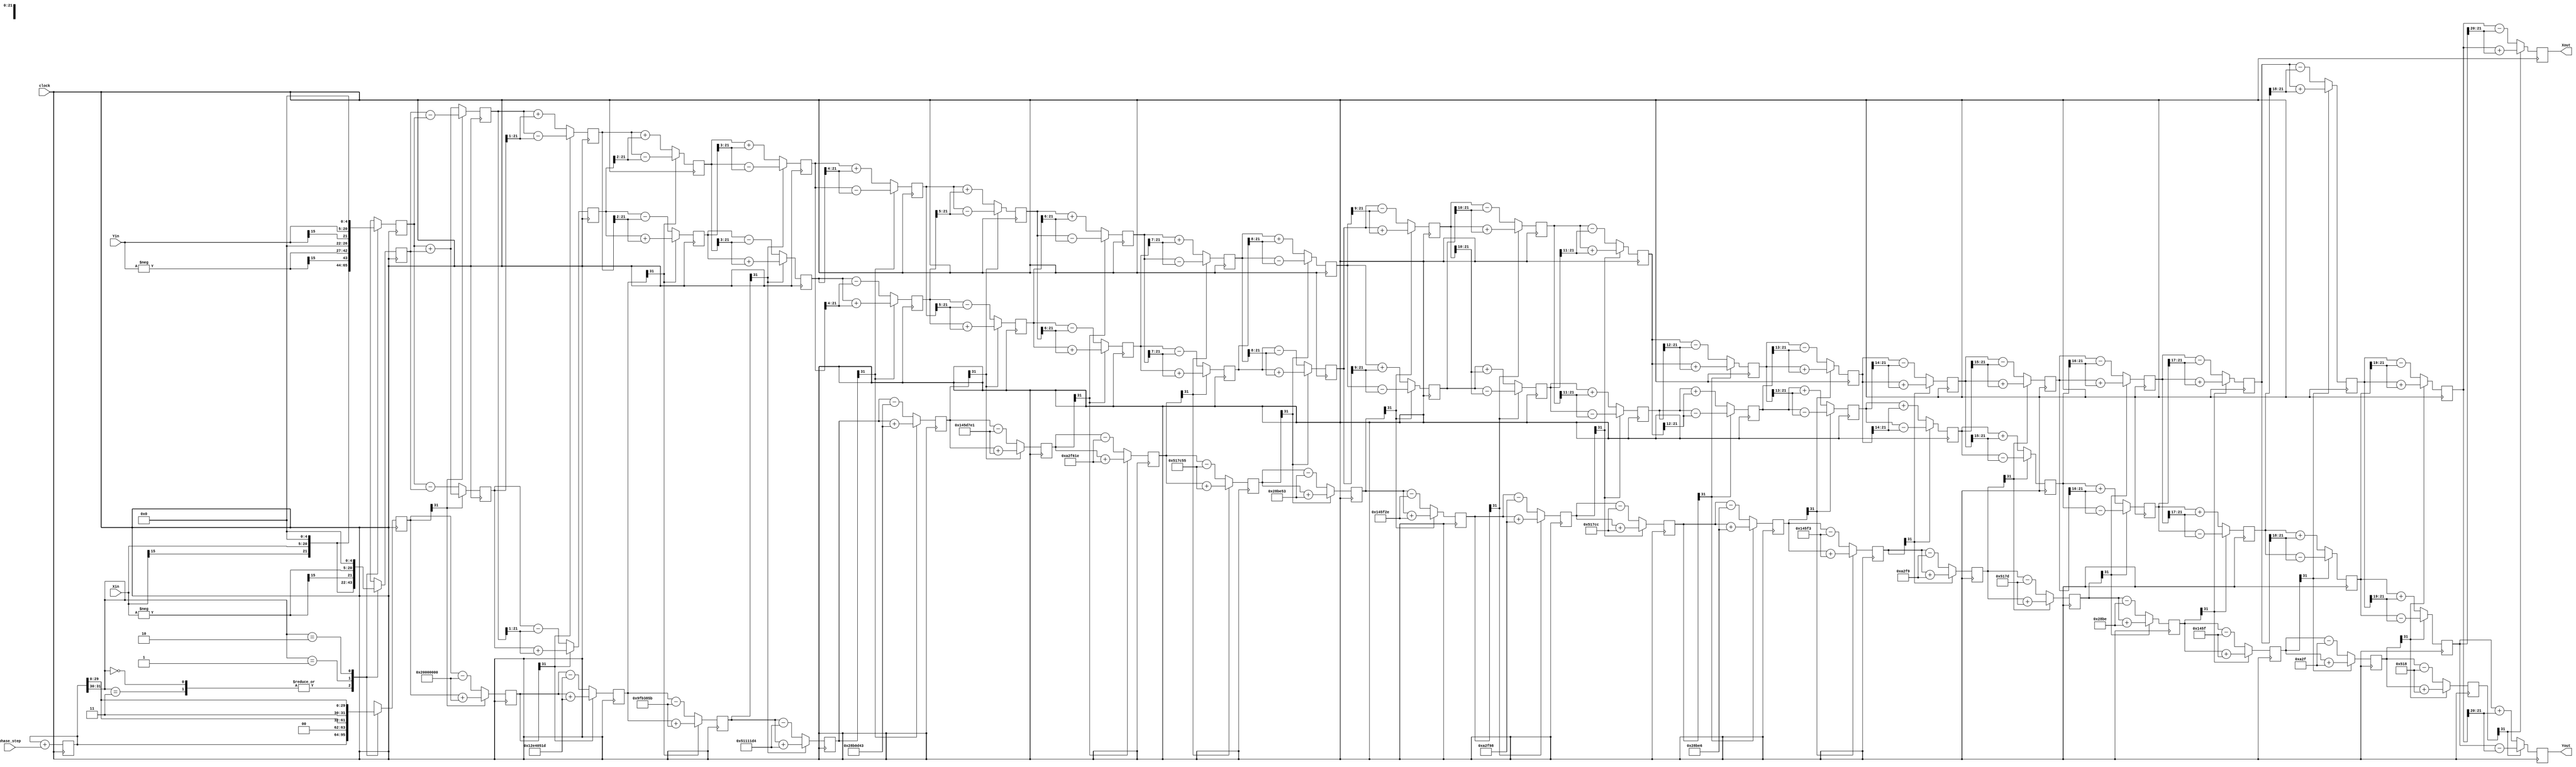
`timescale 1 ns/100 ps

//------------------------------------------------------------------------------
//            Code Copyright (c) 2009 Kirk Weedman, KD7IRS
//------------------------------------------------------------------------------


module kordic (clock, phase_step, Xin, Yin, Xout, Yout);

parameter IN_WIDTH   = 16; // ADC bitwidth
parameter EXTRA_BITS = 6;  // spur reduction 6 dB per bit

localparam WI  = IN_WIDTH;
localparam WXY = IN_WIDTH + EXTRA_BITS; // 22-bit data regs
localparam STG = WXY;

input                   clock;
input  signed    [31:0] phase_step; // ratio of f0/fs.  Thus 0 to 2*PI will be represented as a 32 bit number from 0 to {32{1'b1}}
input  signed  [WI-1:0] Xin;
input  signed  [WI-1:0] Yin;
output signed [WXY-1:0] Xout;
output signed [WXY-1:0] Yout;



//------------------------------------------------------------------------------
//                             arctan table
//------------------------------------------------------------------------------

wire signed [31:0] atan_table [0:30];

//                      32'b01000000000000000000000000000000; // upper 2 bits = 2'b01 = 90 degrees
assign atan_table[00] = 32'b00100000000000000000000000000000; // 45.000 degrees -> atan(2^0)
assign atan_table[01] = 32'b00010010111001000000010100011101; // 26.565 degrees -> atan(2^-1)
assign atan_table[02] = 32'b00001001111110110011100001011011; // 14.036 degrees -> atan(2^-2)
assign atan_table[03] = 32'b00000101000100010001000111010100; // atan(2^-n)
assign atan_table[04] = 32'b00000010100010110000110101000011;
assign atan_table[05] = 32'b00000001010001011101011111100001;
assign atan_table[06] = 32'b00000000101000101111011000011110;
assign atan_table[07] = 32'b00000000010100010111110001010101;
assign atan_table[08] = 32'b00000000001010001011111001010011;
assign atan_table[09] = 32'b00000000000101000101111100101110;
assign atan_table[10] = 32'b00000000000010100010111110011000;
assign atan_table[11] = 32'b00000000000001010001011111001100;
assign atan_table[12] = 32'b00000000000000101000101111100110;
assign atan_table[13] = 32'b00000000000000010100010111110011;
assign atan_table[14] = 32'b00000000000000001010001011111001;
assign atan_table[15] = 32'b00000000000000000101000101111101;
assign atan_table[16] = 32'b00000000000000000010100010111110;
assign atan_table[17] = 32'b00000000000000000001010001011111;
assign atan_table[18] = 32'b00000000000000000000101000101111;
assign atan_table[19] = 32'b00000000000000000000010100011000;
assign atan_table[20] = 32'b00000000000000000000001010001100;
assign atan_table[21] = 32'b00000000000000000000000101000110;
assign atan_table[22] = 32'b00000000000000000000000010100011;
assign atan_table[23] = 32'b00000000000000000000000001010001;
assign atan_table[24] = 32'b00000000000000000000000000101000;
assign atan_table[25] = 32'b00000000000000000000000000010100;
assign atan_table[26] = 32'b00000000000000000000000000001010;
assign atan_table[27] = 32'b00000000000000000000000000000101;
assign atan_table[28] = 32'b00000000000000000000000000000010;
assign atan_table[29] = 32'b00000000000000000000000000000001;
assign atan_table[30] = 32'b00000000000000000000000000000000;


//------------------------------------------------------------------------------
//                              registers
//------------------------------------------------------------------------------

//stage outputs
reg signed [WXY-1:0] X [0:STG-1];
reg signed [WXY-1:0] Y [0:STG-1];
reg signed    [31:0] Z [0:STG-1]; // 32bit
// NCO
reg           [31:0] phase_acc;


//------------------------------------------------------------------------------
//                               stage 0
//------------------------------------------------------------------------------
wire [1:0] quadrant = phase_acc[31:30];
wire  signed  [WI-1:0] NXin;
wire  signed  [WI-1:0] NYin;

assign NXin = -Xin;
assign NYin = -Yin;

always @(posedge clock)
begin // make sure the rotation angle is in the -pi/2 to pi/2 range.  If not then pre-rotate
  case (quadrant)
  2'b00,
  2'b11: // no pre-rotation needed for these quadrants
  begin
    X[0] <= {Xin[WI-1], Xin} << (EXTRA_BITS-1); // since An = 1.647, divide input by 2 and then multiply by 2^EXTRA_BITS
    Y[0] <= {Yin[WI-1], Yin} << (EXTRA_BITS-1);
    Z[0] <= phase_acc;
  end

  2'b01:
  begin
    X[0] <= {NYin[WI-1], NYin} << (EXTRA_BITS-1);
    Y[0] <= { Xin[WI-1],  Xin} << (EXTRA_BITS-1);
    Z[0] <= {2'b00,phase_acc[29:0]}; // subtract pi/2 from phase_acc for this quadrant
  end

  2'b10:
  begin
    X[0] <= { Yin[WI-1],  Yin} << (EXTRA_BITS-1);
    Y[0] <= {NXin[WI-1], NXin} << (EXTRA_BITS-1);
    Z[0] <= {2'b11,phase_acc[29:0]}; // add pi/2 to phase_acc for this quadrant
  end
  endcase

  //advance NCO
  phase_acc <= phase_acc + phase_step;
end


//------------------------------------------------------------------------------
//                           stages 1 to STG-1
//------------------------------------------------------------------------------
genvar i;

generate
  for (i=0; i < (STG-1); i=i+1)
  begin: XYZ
    wire Z_sign;
    wire signed [WXY-1:0] X_shr, Y_shr; 

    assign X_shr = X[i] >>> i; // signed shift right
    assign Y_shr = Y[i] >>> i;

    //the sign of the current rotation angle
    assign Z_sign = Z[i][31]; // Z_sign = 1 if Z[i] < 0

    always @(posedge clock)
    begin
      // add/subtract shifted data
      X[i+1] <= Z_sign ? X[i] + Y_shr         : X[i] - Y_shr;
      Y[i+1] <= Z_sign ? Y[i] - X_shr         : Y[i] + X_shr;
      Z[i+1] <= Z_sign ? Z[i] + atan_table[i] : Z[i] - atan_table[i];
    end
  end
endgenerate


//------------------------------------------------------------------------------
//                                 output
//------------------------------------------------------------------------------
assign Xout = X[STG-1];
assign Yout = Y[STG-1];

endmodule